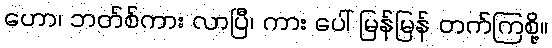
ဟော၊ ဘတ်စ်ကား လာပြီ၊ ကား ပေါ် မြန်မြန် တက်ကြစို့။